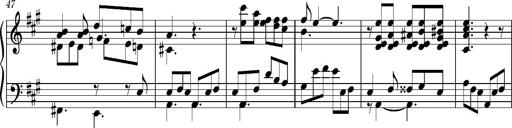
Title: PriÃ¨re d'un enfant Ã  son rÃ©veil
Composer: Franz Liszt
Key: A major